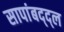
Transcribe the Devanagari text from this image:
सापांबद्द्ल